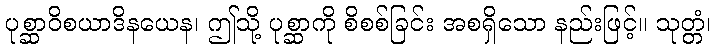
ပုစ္ဆာဝိစယာဒိနယေန၊ ဤသို့ ပုစ္ဆာကို စိစစ်ခြင်း အစရှိသော နည်းဖြင့်။ သုတ္တံ၊